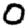
Digit: 0